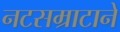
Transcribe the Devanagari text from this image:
नटसम्राटाने